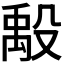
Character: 𬆪